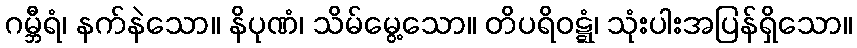
ဂမ္ဘီရံ၊ နက်နဲသော။ နိပုဏံ၊ သိမ်မွေ့သော။ တိပရိဝဋ္ဋံ၊ သုံးပါးအပြန်ရှိသော။